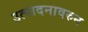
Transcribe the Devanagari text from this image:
उत्पादनावरुन